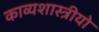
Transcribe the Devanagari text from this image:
काव्यशास्त्रीयो